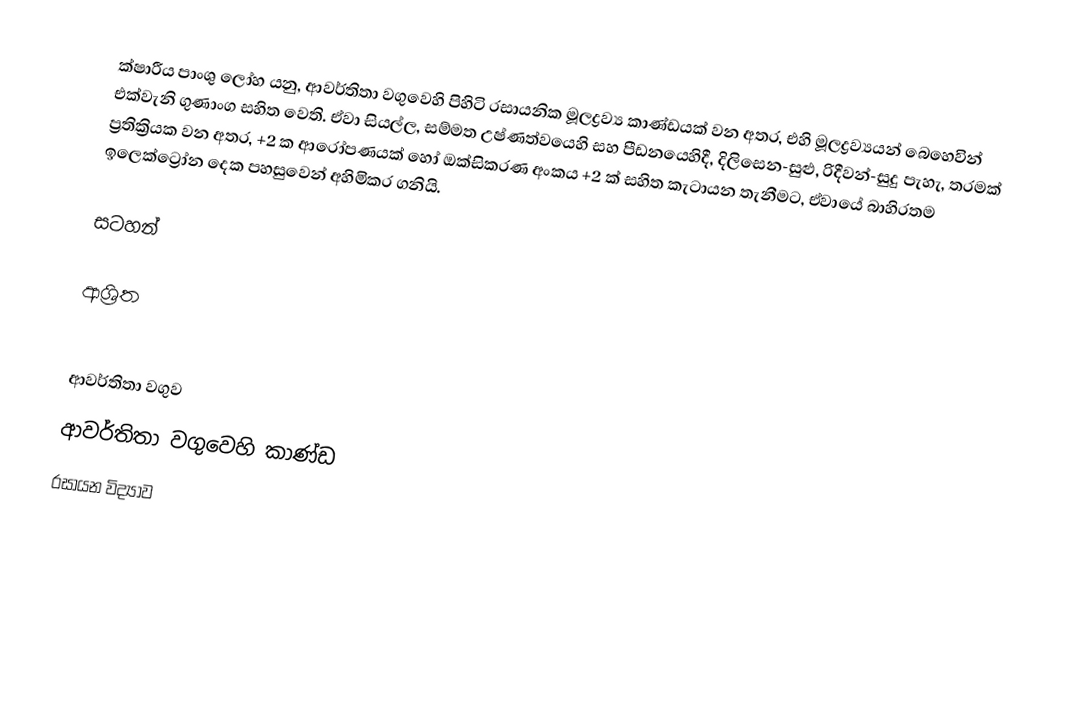
ක්ෂාරීය පාංශු ලෝහ යනු,  ආවර්තිතා  වගුවෙහි පිහිටි  රසායනික මූලද්‍රව්‍ය කාණ්ඩයක් වන අතර, එහි මූලද්‍රව්‍යයන් බෙහෙවින් එක්වැනි ගුණාංග සහිත වෙති. ඒවා සියල්ල,  සම්මත උෂ්ණත්වයෙහි සහ පීඩනයෙහිදී, දිලිසෙන-සුළු,  රිදීවන්-සුදු  පැහැ, තරමක් ප්‍රතික්‍රියක වන අතර,   +2 ක ආරෝපණයක් හෝ ඔක්සිකරණ අංකය +2 ක් සහිත කැටායන තැනීමට, ඒවායේ බාහිරතම ඉලෙක්ට්‍රෝන දෙක පහසුවෙන් අහිමිකර ගනියි.

සටහන්

ආශ්‍රිත

ආවර්තිතා වගුව
 ආවර්තිතා වගුවෙහි කාණ්ඩ
රසායන විද්‍යාව